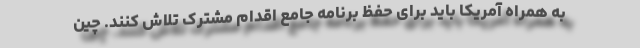
به همراه آمریکا باید برای حفظ برنامه جامع اقدام مشترک تلاش کنند. چین